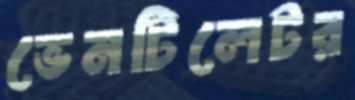
ভেনটিলেটর